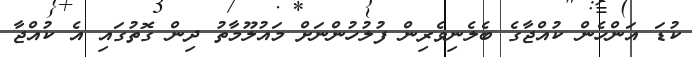
ކުޑަ އަންހެން ކުއްޖާގެ ބެލެނިވެރިން ފުލުހުންނަށް މައުލޫމާތު ދިން ގޮތުގައި އެ ކުއްޖާ